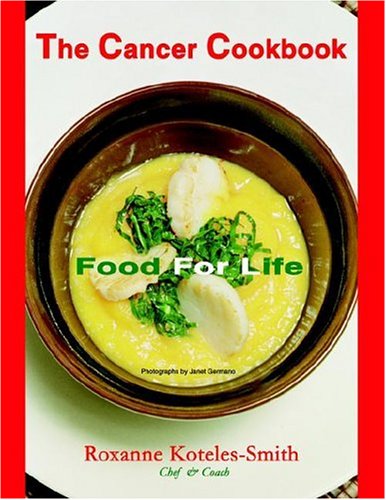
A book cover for The Cancer Cookbook: Food For Life; Roxanne Koteles-Smith; Health, Fitness & Dieting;